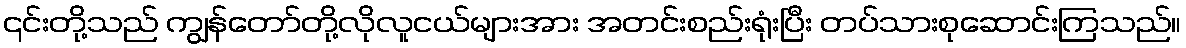
၎င်းတို့သည် ကျွန်တော်တို့လိုလူငယ်များအား အတင်းစည်းရုံးပြီး တပ်သားစုဆောင်းကြသည်။